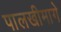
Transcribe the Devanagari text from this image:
पालखीमागे